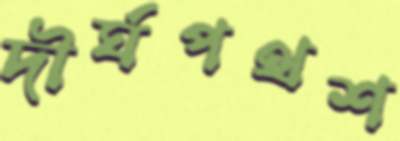
দীর্ঘপথশ